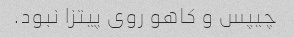
چیپس و کاهو روی پیتزا نبود.